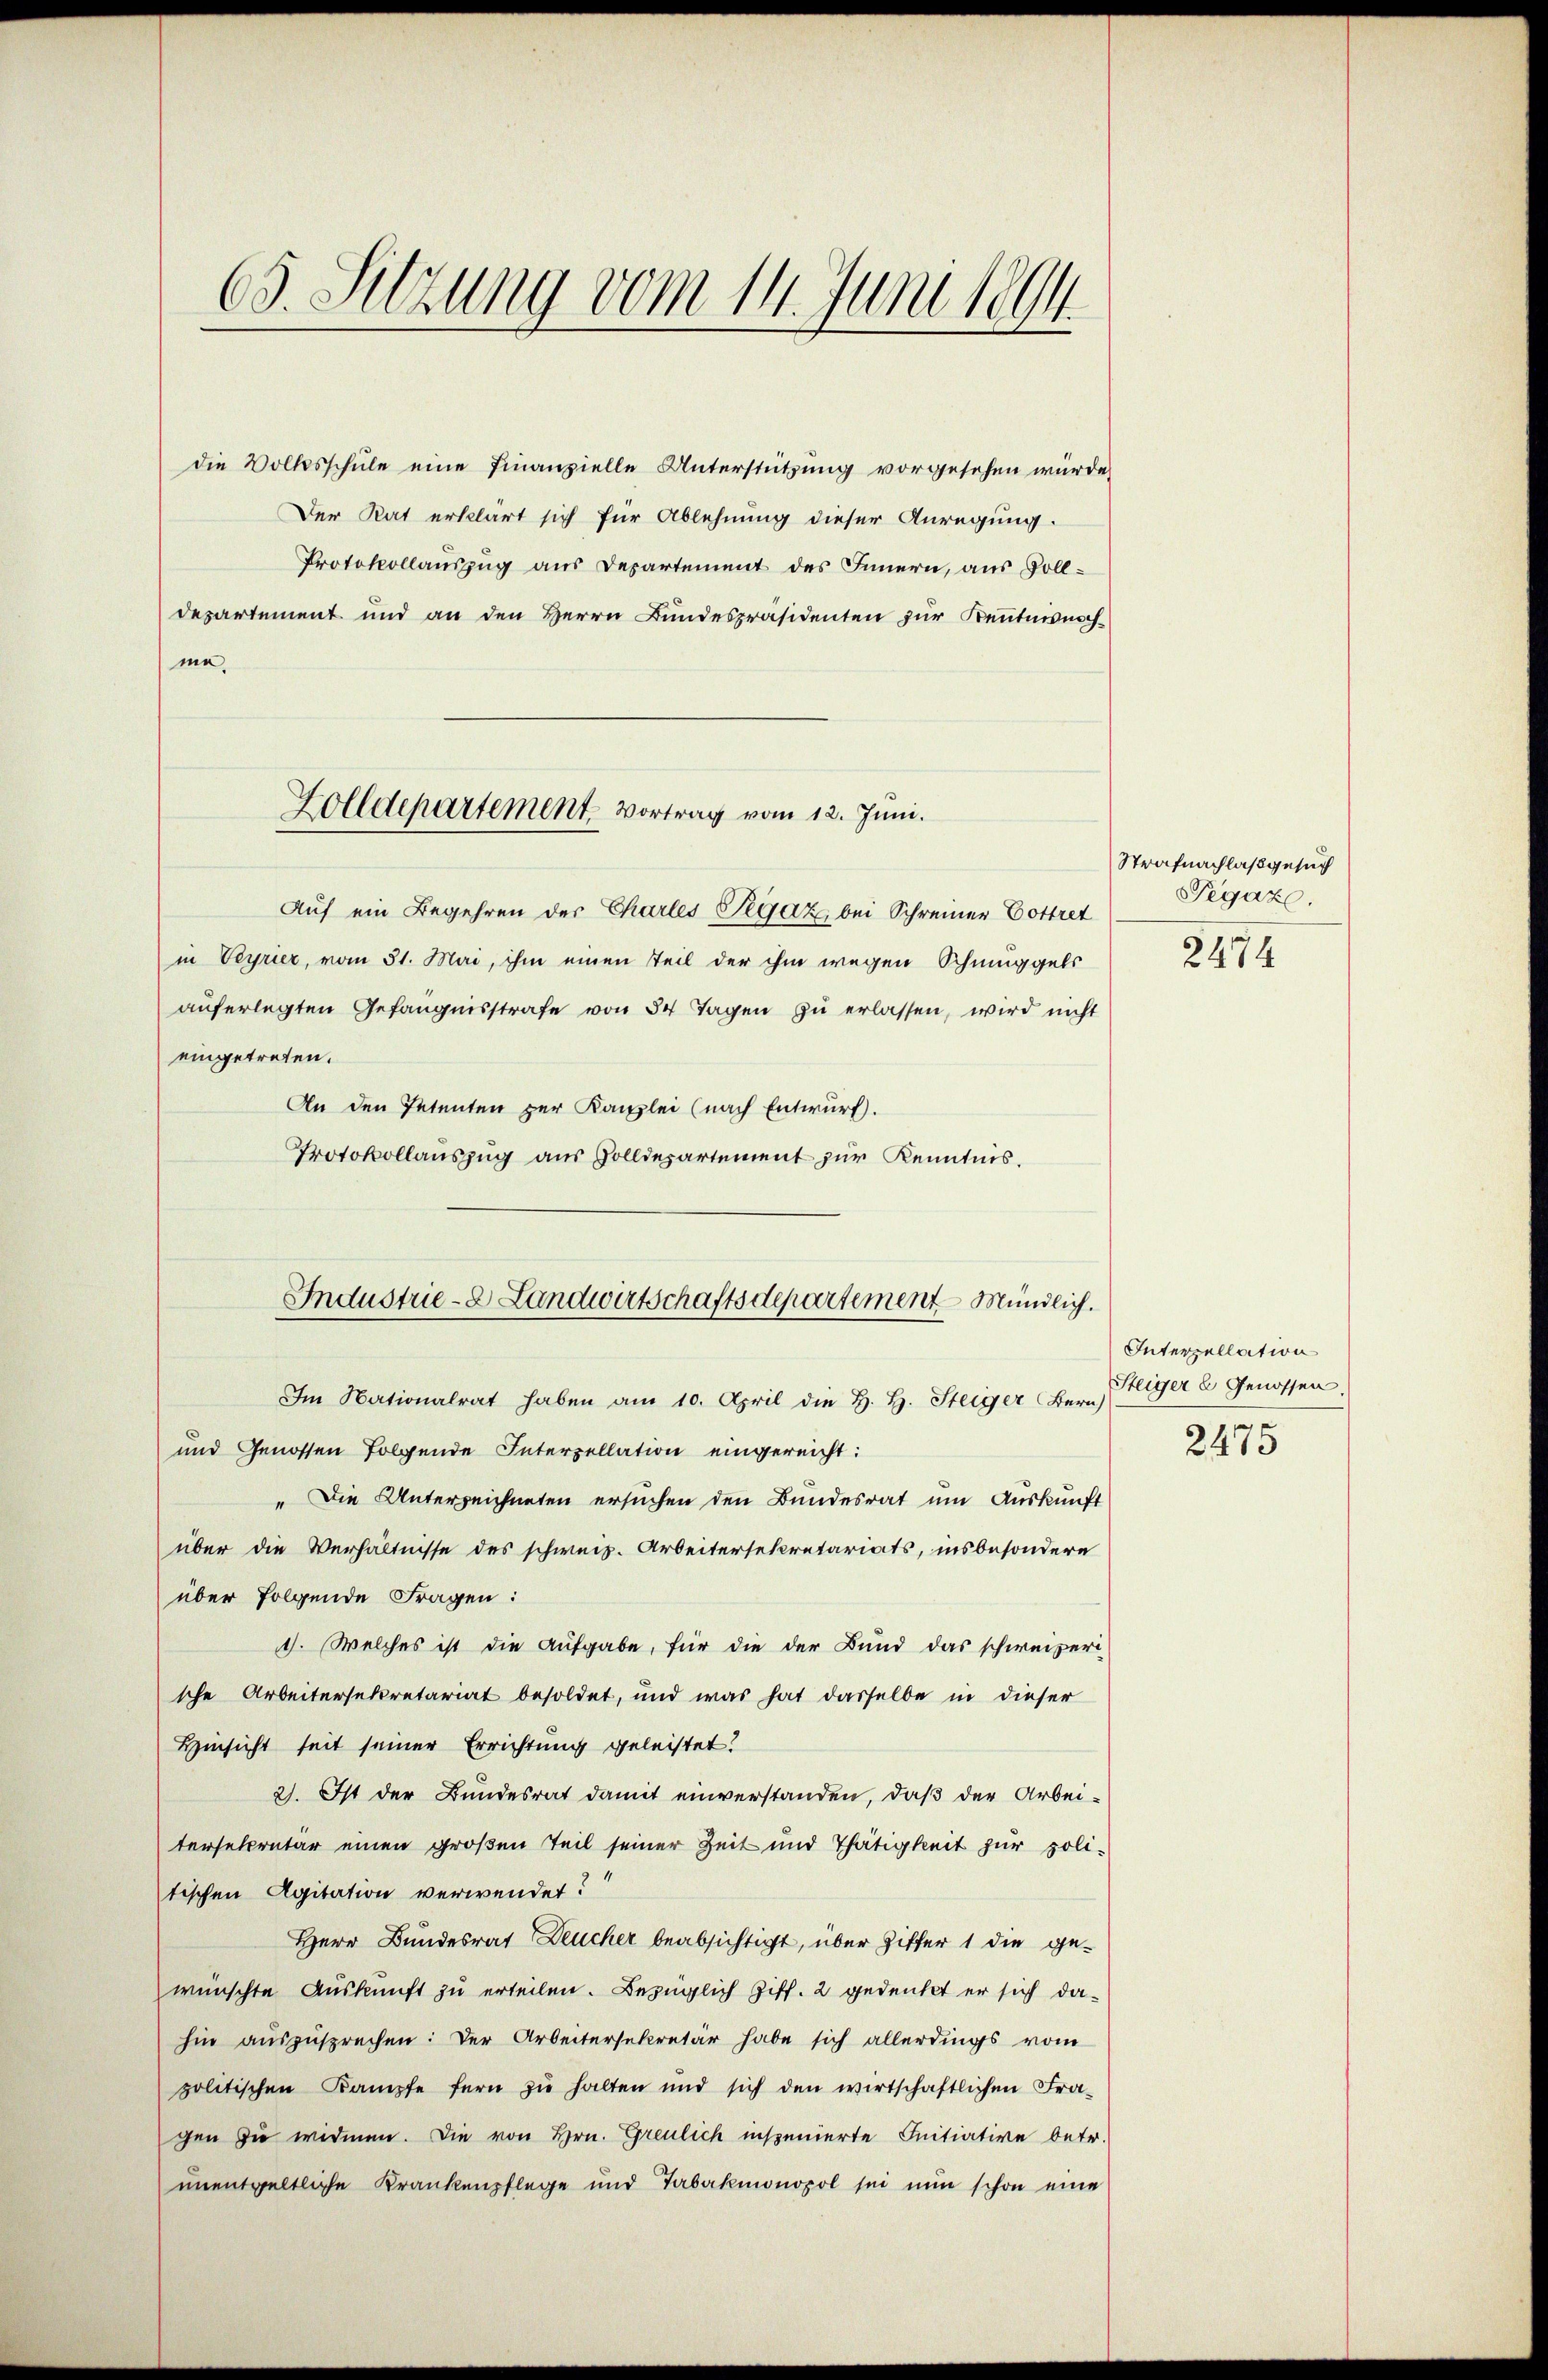
65. Sitzung vom 14. Juni 1894.

me.

die Volksschule eine Finanzielle Unterstützung vorgesehen würde,
Der Rat erklärt sich für Ablehnung dieser Anregung.
Protokollauszug aus Departement des Innern, aus Solldesartement und an den Herrn Bundespräsidenten zur Kenntnisnach¬
Auf ein Begehren des Chartes Pegaz, bei Schreiner Cottret
in Veyrier, vom 31. Mai, ihm einen Teil der ihm wegen Schmuggels
aŭferlegten Gefängnisstrafe von 34 Tagen zŭ erlassen, wird nicht
eingetreten.
An den Petenten zur Kanzlei (nach Entwurf.
Protokollauszug aus Zolldepartement zur Kenntnis.
Im Nationalrat haben am 10. April die H. H. Steiger Bern)
und Genossen folgende Interzellation eingereicht:
" Die Unterzeichneten ersuchen den Bundesrat um Auskunft
über die Verhältnisse des schweiz. Arbeitersekretariats, insbesondere
über folgende Fragen:
1. Welches ist die Aufgabe, für die der Bund das schweizeri-
sche Arbeitersekretariat besoldet, und was hat dasselbe in dieser
Hinsicht seit seiner Errichtung geleistet.
2). Ist der Bundesrat damit einverstanden, daß der Arbei-
tersekretär einen großen Teil seiner Zeit und Thätigkeit zur politischen Agitation verwendet?
Herr Bundesrat Deucher beabsichtigt, über Ziffer 1 die gewünschte Auskunft zu erteilen. Bezüglich Ziff. 2 gedenkt er sich dahin auszusprechen: Der Arbeitersekretär habe sich allerdings vom
politischen Kampfe fern zŭ halten und sich den wirtschaftlichen Fra-
gen zu widmen. Die von Hrn. Greulich inspenierte Initiative betr.
unentgeltliche Krankenpflege und Tabakmonopol sei nun schon eine

Zolldepartement. Vortrag vom 12. Juni.

Industrie - Landwirtschaftsdepartement Mündlich.

Strafnachlaß gesuch
Pegaz.
2474

Interzellation
Steiger u Genossen.
2475